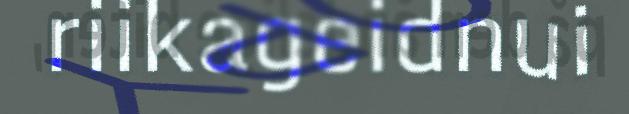
riikageidnui